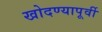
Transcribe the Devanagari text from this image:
खोदण्यापूर्वी